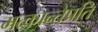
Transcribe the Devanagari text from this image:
मत्कान्तेप्रति